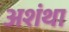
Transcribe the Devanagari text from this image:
अशंथा